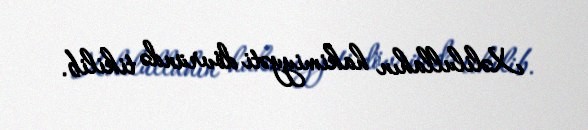
Xəlilullahın hakimiyyəti dövründə tikilib.